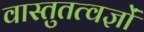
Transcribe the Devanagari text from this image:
वास्तुतत्वज्ञों